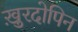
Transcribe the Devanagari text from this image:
ख़ुरदोपिन